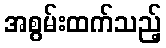
အစွမ်းထက်သည့်